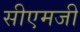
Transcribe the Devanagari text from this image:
सीएमजी